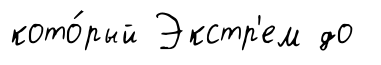
кото́рый Экстр'ем до